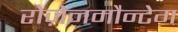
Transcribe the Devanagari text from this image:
रोज़ेनमौन्टेग